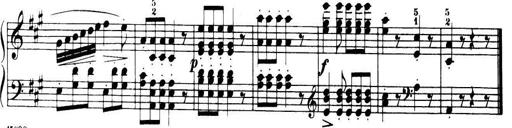
Title: 32 Sonatinas and Rondos for the Piano
Composer: Richard Kleinmichel